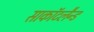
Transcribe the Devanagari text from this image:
साकाॅटलैन्ड